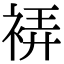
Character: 𧚂